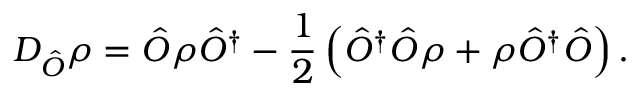
D _ { \hat { O } } \rho = \hat { O } \rho \hat { O } ^ { \dagger } - \frac { 1 } { 2 } \left( \hat { O } ^ { \dagger } \hat { O } \rho + \rho \hat { O } ^ { \dagger } \hat { O } \right) .